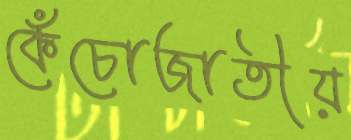
কেঁচোজাতীয়